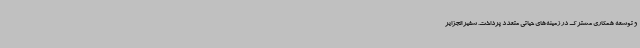
و توسعه همکاری مشترک در زمینه‌های حیاتی متعدد پرداخت. سفیر الجزایر